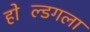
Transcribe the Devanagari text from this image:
होल्डिंगला